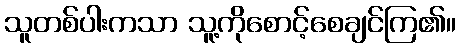
သူတစ်ပါးကသာ သူ့ကိုစောင့်စေချင်ကြ၏။